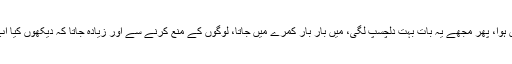
شروع میں تو مجھے کئی سال اس بات کا اندازہ ہی نہیں ہوا، پھر مجھے یہ بات بہت دلچسپ لگی، میں بار بار کمرے میں جاتا، لوگوں کے منع کرنے سے اور زیادہ جاتا کہ دیکھوں کیا اب پھر، اور یقین کیجئیے مجھے کبھی ناکامی نہیں ہوئی۔